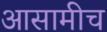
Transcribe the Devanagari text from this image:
आसामीच